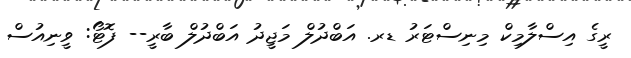
ރީގެ އިސްލާމިކް މިނިސްޓަރު ޑރ. އަބްދުލް މަޖީދު އަބްދުލް ބާރީ-- ފޮޓޯ: ވީނިއުސް